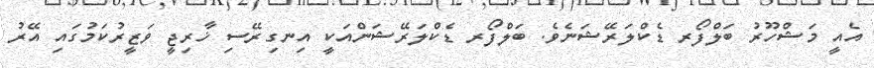
އެއީ މަޝްހޫރު ބަލްފޯރ ޑެކްލަރޭޝަނެވެ. ބަލްފޯރ ޑެކްލަރޭޝަންއަކީ އިނގިރޭސި ޚާރިޖީ ވަޒީރުކަމުގައި އޭރު